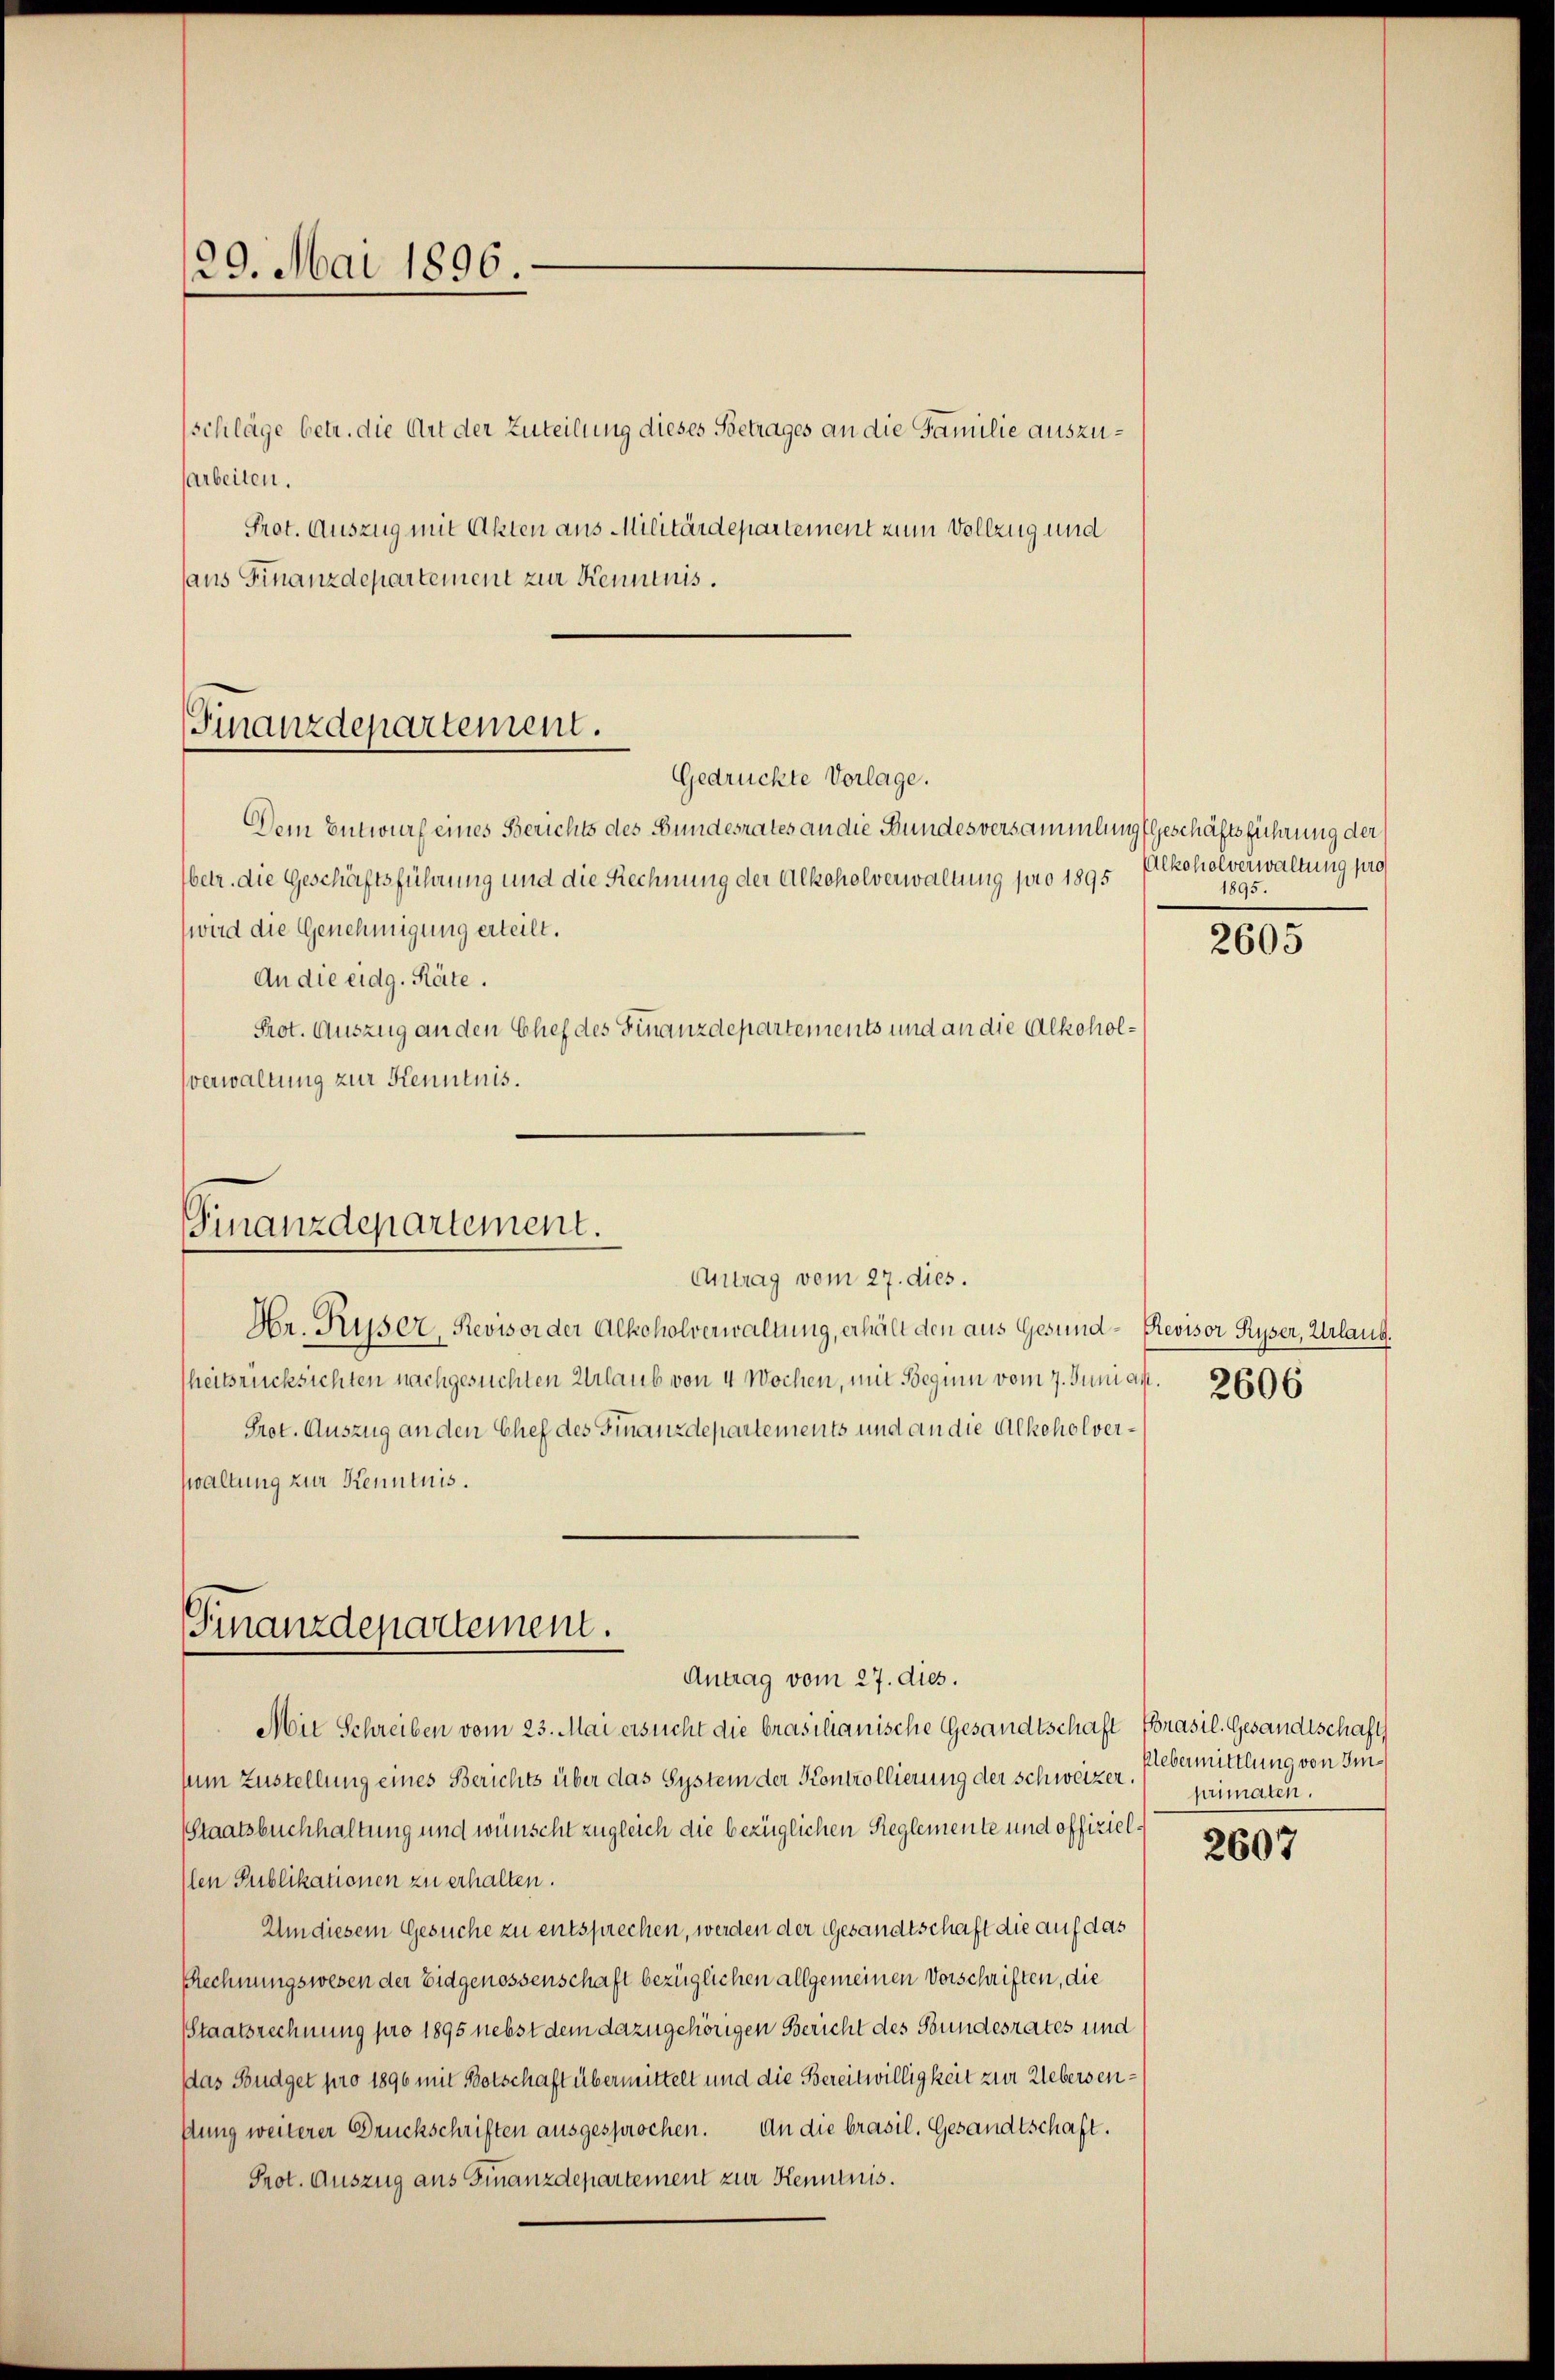
29. Mai 1896.

(schläge betr. die Art der Zuteilung dieses Betrages an die Familie auszusarbeiten.
Prot. Auszug mit Akten aus Militärdepartement zum Vollzug und
aus Finanzdepartement zur Kenntnis.

Finanzdepartement.
Gedrückte Vorlage.

Dem Entwurf eines Berichts des Bundesrates an die Bundesversammlung (Geschäftsführung der
betr. die Geschäftsführung und die Rechnung der Alkoholverwaltung pro 1895
wird die Genehmigung erteilt.
An die eidg. Räte.
Prot. Auszug an den Chef des Finanzdepartements und an die Alkoholverwaltung zur Kenntnis.

Finanzdepartement.
Antrag vom 27. dies.
Hr. Ryser, Revisor der Alkoholverwaltung, erhält den aus Gesund - Revisor Piper, Urlang.

Finanzdepartement.
Antrag vom 27. dies.

Alkoholverwaltung pro
1895.

heitsrücksichten nachgesuchten Urlaub von 4 Wochen, mit Beguin vom 7. Juni art. 2606
Prot. Auszug an den Chef des Finanzdepartements und an die Alkoholverwaltung zur Kenntnis.
Mit Schreiben vom 23. Mai ersucht die brasilianische Gesandtschaft Brasil. Gesandtschaft
zum Zustellung eines Berichts über das System der Kontrollierung der Schweizer.
Staatsbuchhaltung und wünscht zugleich die bezüglichen Reglemente und offiziellen Publikationen zu erhalten.
Um diesem Gesuche zu entsprechen, werden der Gesandtschaft die auf das
Rechnungswesen der Eidgenossenschaft bezüglichen allgemeinen Vorschriften, die
Staatsrechnung pro 1895 nebst dem dazugehörigen Bericht des Bundesrates und
das Budget pro 1896 mit Botschaft übermittelt und die Bereitwilligkeit zur Uebersendung weiterer Druckschriften ausgesprochen. An die brasil. Gesandtschaft.
Prot. Auszug aus Finanzdepartement zur Kenntnis.

2605

Uebermittlung von Impinaten.

2607